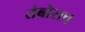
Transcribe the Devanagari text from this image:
तंबोराच